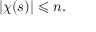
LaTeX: | \chi ( s ) | \leqslant n .